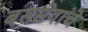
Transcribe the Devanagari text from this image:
बससेवांचे